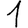
Digit: 1